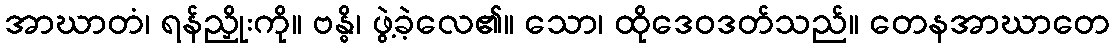
အာဃာတံ၊ ရန်ညှိုးကို။ ဗန္ဓိ၊ ဖွဲ့ခဲ့လေ၏။ သော၊ ထိုဒေဝဒတ်သည်။ တေနအာဃာတေ